NAE_ERA_R-1665_Eesti_Kunstnike_Liit, lk 59
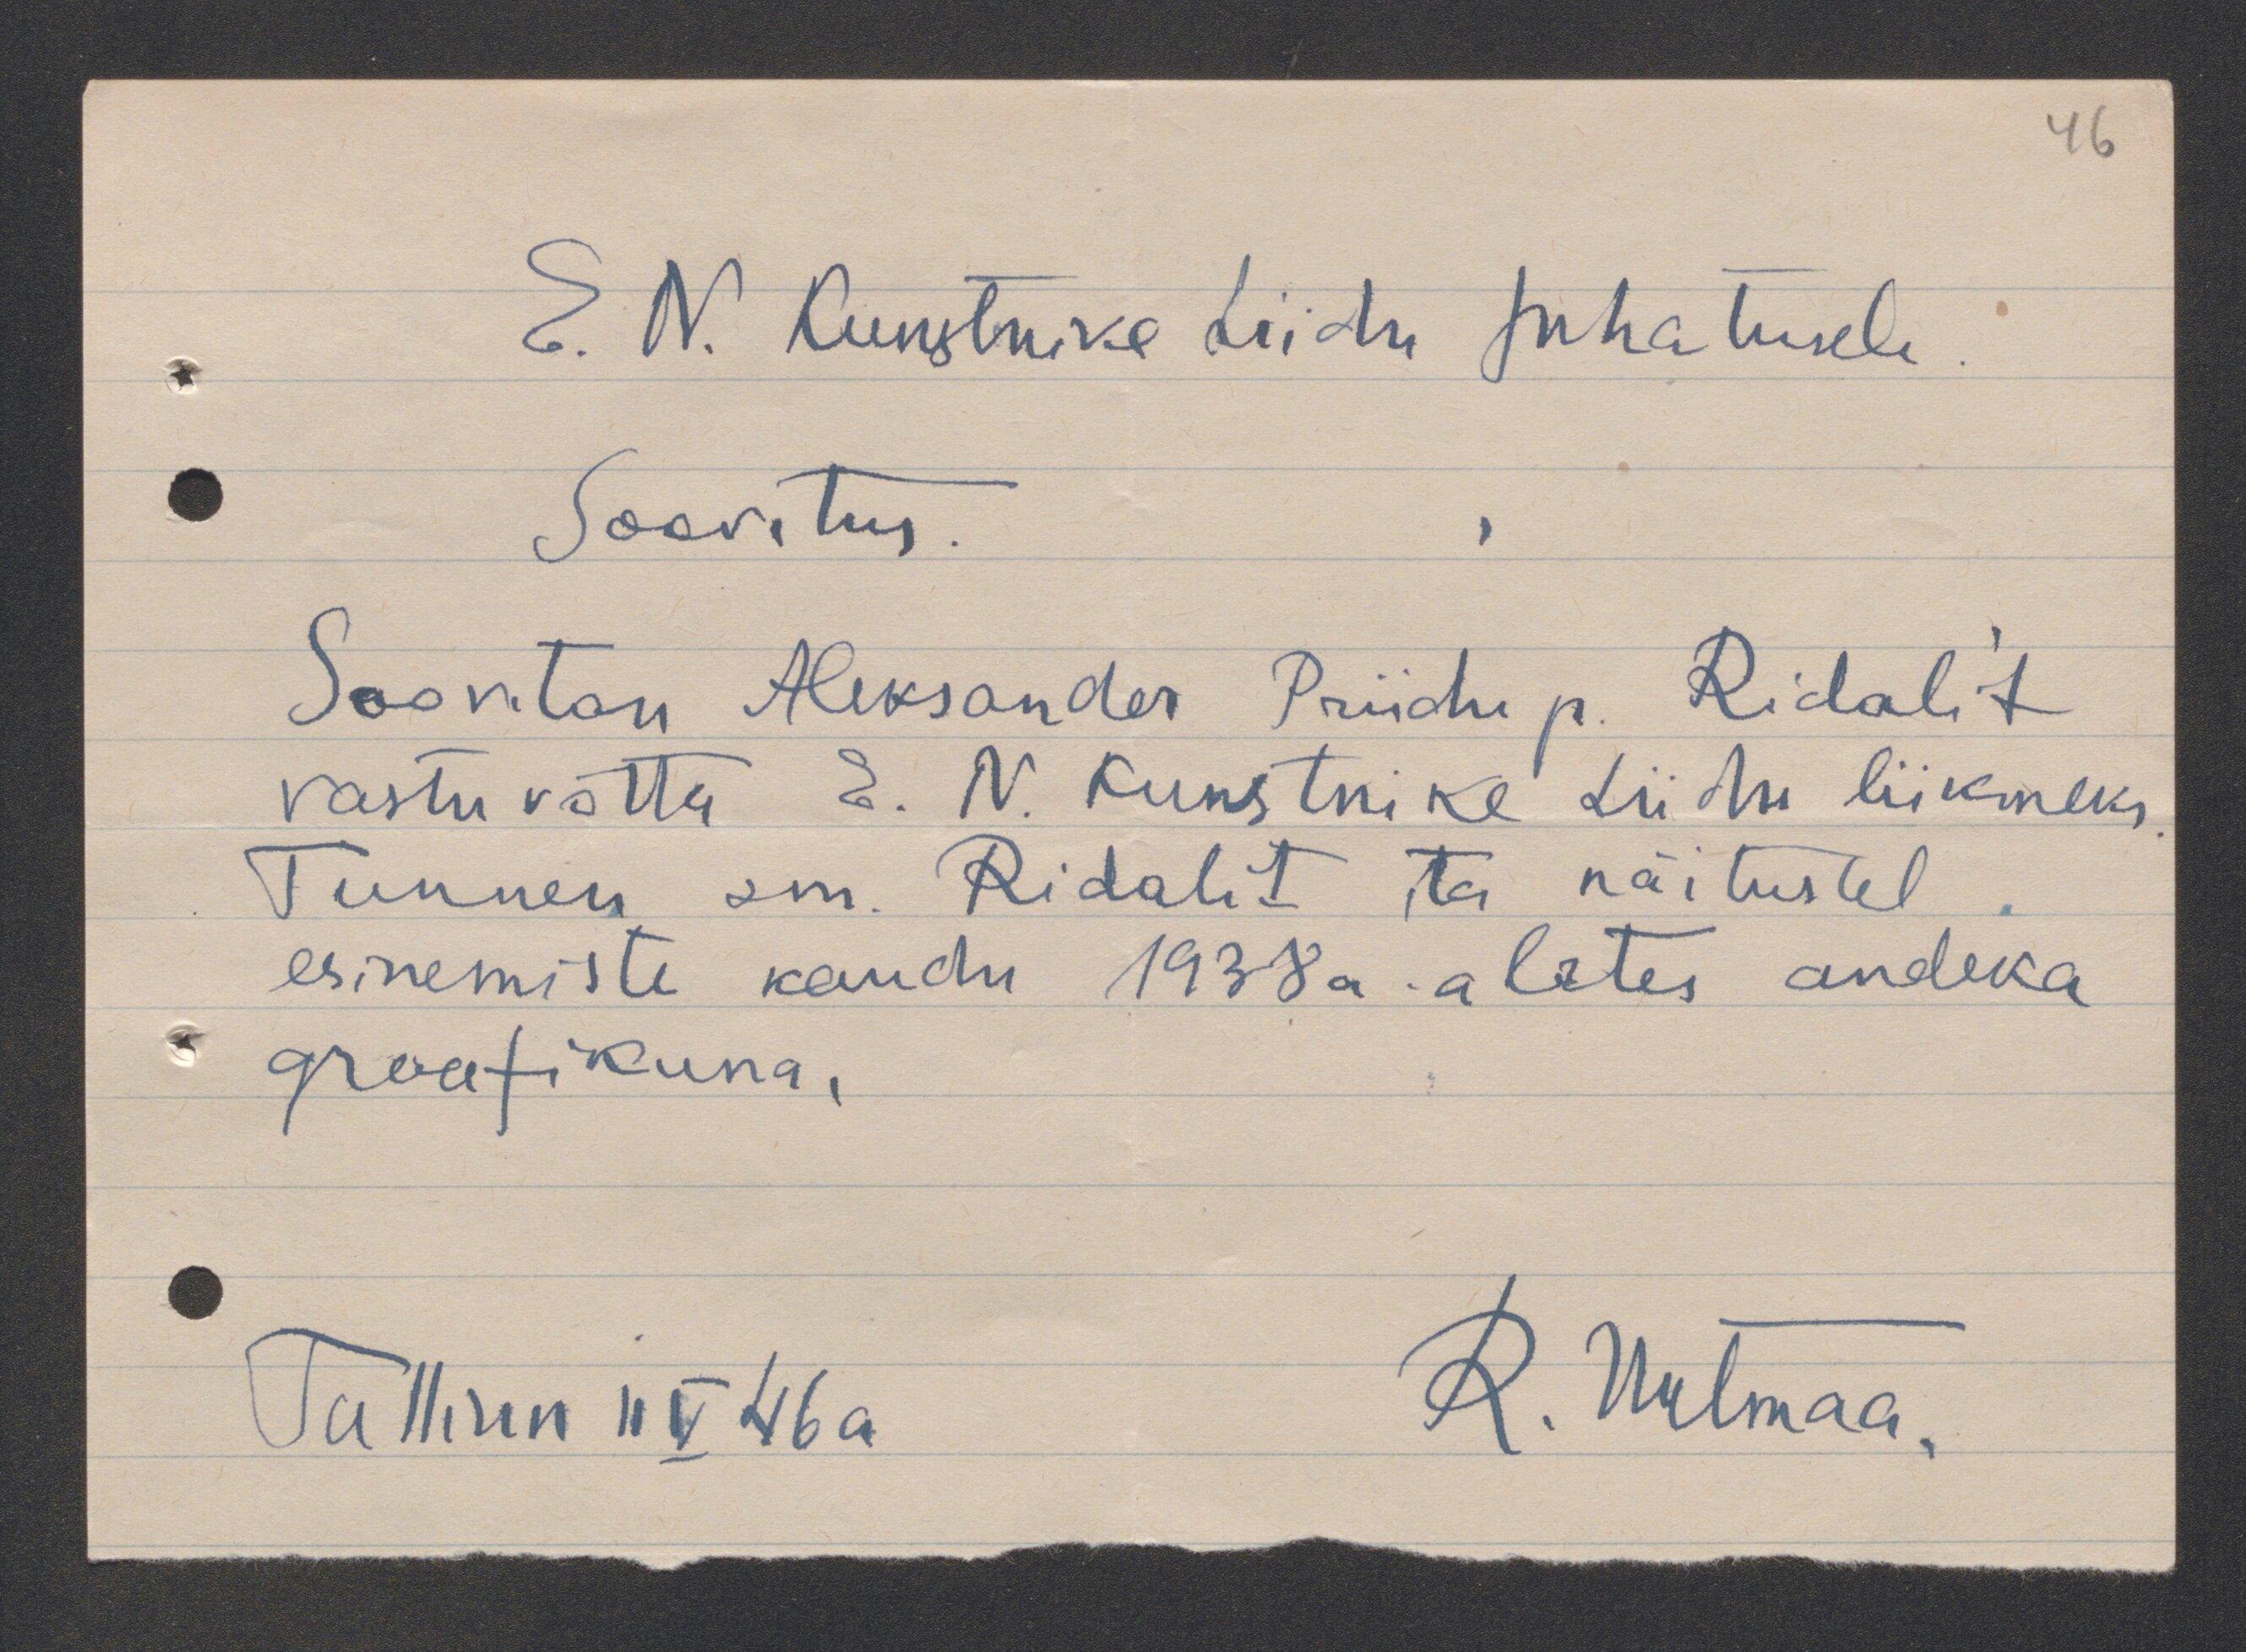
E. N. Kunstnike Liidu Juhatusele
Soovitus.
Soovitan Aleksander Priidu p. Ridali´t
vastuvõtta E. N. Kunstnike Liidu liikmeks.
Tunnen sm. Ridalit ta näitustel
esinemiste kaudu 1938 a. alates andeka
graafikuna.
Tallinn 11 V 46a R. Uutmaa